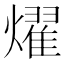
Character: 燿